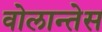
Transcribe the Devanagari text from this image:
वोलान्तेस